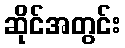
ဆိုင်အတွင်း